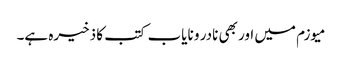
میوزم میں اور بھی نادر و نایاب کتب کا ذخیرہ ہے۔